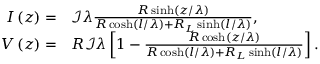
\begin{array} { r l } { I \left( z \right) = } & { \mathcal { I } \lambda \frac { R \sinh \left( z / \lambda \right) } { R \cosh \left( l / \lambda \right) + R _ { L } \sinh \left( l / \lambda \right) } \mathrm { , } } \\ { V \left( z \right) = } & { R \mathcal { I } \lambda \left[ 1 - \frac { R \cosh \left( z / \lambda \right) } { R \cosh \left( l / \lambda \right) + R _ { L } \sinh \left( l / \lambda \right) } \right] \mathrm { . } } \end{array}